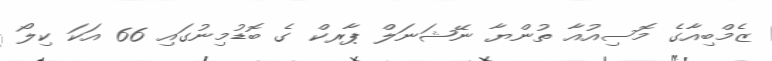
ޒެމްބިއާގެ މޮސިއުއާ ތުންޔާ ނޭޝަނަލް ޕާރކް ގެ ބޮޑުމިނުގައި 66 އަކަ ކިލޯ